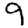
Digit: 9